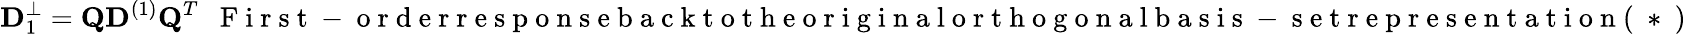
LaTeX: {\mathbf D}_{1}^{\perp}={\mathbf Q}{\mathbf D}^{(1)}{\mathbf Q}^{T}~~\mathrm{~F~i~r~s~t~-~o~r~d~e~r~r~e~s~p~o~n~s~e~b~a~c~k~t~o~t~h~e~o~r~i~g~i~n~a~l~o~r~t~h~o~g~o~n~a~l~b~a~s~i~s~-~s~e~t~r~e~p~r~e~s~e~n~t~a~t~i~o~n~(~*~)~}